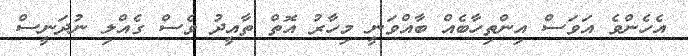
އެހެންވެ އަވަސް އިންތިހާބެއް ބާއްވަނީ މިހާރު އޮތް ތާއީދު ވެސް ގެއްލި ނުދަނީސް